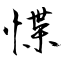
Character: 惵